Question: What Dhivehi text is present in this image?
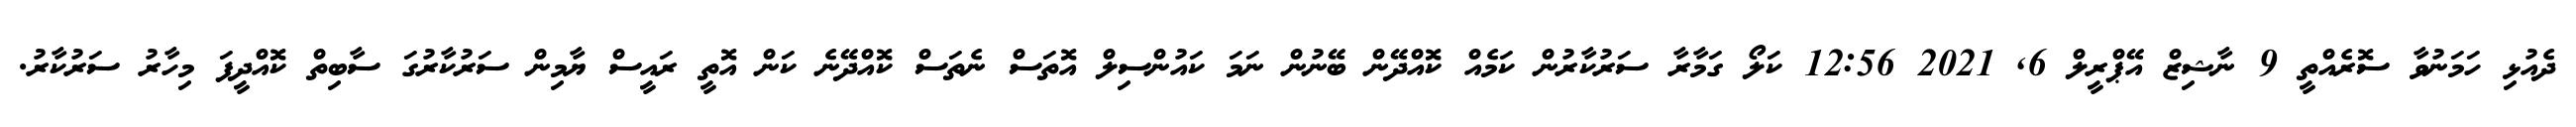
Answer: ދެއުޅި ހަމަނުވާ ސޮރެއްތީ 9 ނާޝިޒް އޭޕްރީލް 6, 2021 12:56 ކަލޯ ގަމާރާ ސަރުކާރުން ކަމެއް ކޮއްދޭން ބޭނުން ނަމަ ކައުންސިލް އޮތަސް ނެތަސް ކޮއްދޭނެ ކަން އޮތީ ރައީސް ޔާމިން ސަރުކާރުގަ ސާބިތް ކޮއްދީފަ މިހާރު ސަރުކާރު.